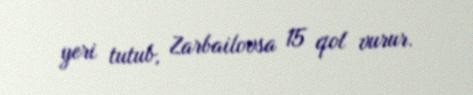
yeri tutub, Zarbailovsa 15 qol vurur.